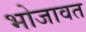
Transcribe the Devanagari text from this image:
भोजावत